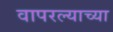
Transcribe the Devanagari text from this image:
वापरल्याच्या